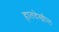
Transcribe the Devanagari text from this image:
हातदेखील